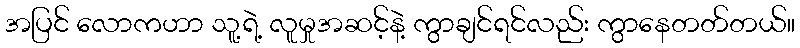
အပြင် လောကဟာ သူ့ရဲ့ လူမှုအဆင့်နဲ့ ကွာချင်ရင်လည်း ကွာနေတတ်တယ်။